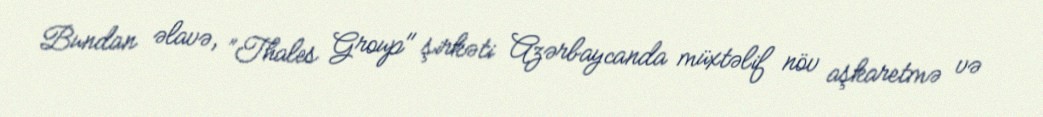
Bundan əlavə, ”Thales Group" şirkəti Azərbaycanda müxtəlif növ aşkaretmə və